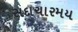
સદાચારમય